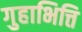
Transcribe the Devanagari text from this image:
गुहाभित्ति